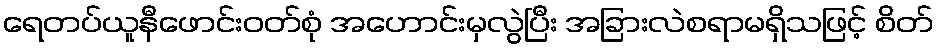
ရေတပ်ယူနီဖောင်းဝတ်စုံ အဟောင်းမှလွဲပြီး အခြားလဲစရာမရှိသဖြင့် စိတ်